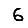
Digit: 6